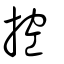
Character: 控